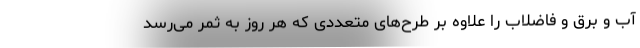
آب و برق و فاضلاب را علاوه بر طرح‌های متعددی که هر روز به ثمر می‌رسد